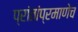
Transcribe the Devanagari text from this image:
प्रांतांप्रमाणेच